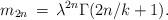
LaTeX: \begin{align*}m_{2n} \,=\, \lambda^{2n}\Gamma(2n/k + 1). \end{align*}